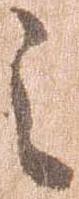
之